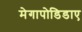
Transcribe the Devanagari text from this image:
मेगापोडिडाए